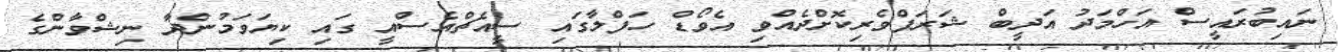
ނައިބުރައީސް އަހްމަދު އަދީބް ޝަރަފްވެރިކޮށްދެއްވި އެވޯޑް ހަފްލާގައި ސީއެޗްއެސްއީ ގައި ކިޔަވަމުންދާ ނިޝްވާންގެ